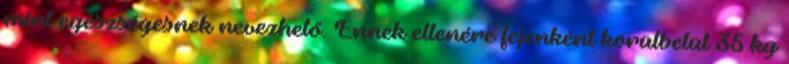
mint egészségesnek nevezhető. Ennek ellenére fejenként körülbelül 35 kg